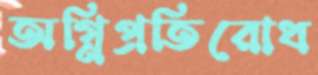
অগ্নিপ্রতিরোধ